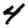
Digit: 4